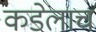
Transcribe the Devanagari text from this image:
कडेलाच